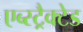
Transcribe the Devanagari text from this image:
एब्स्ट्रैक्टेड